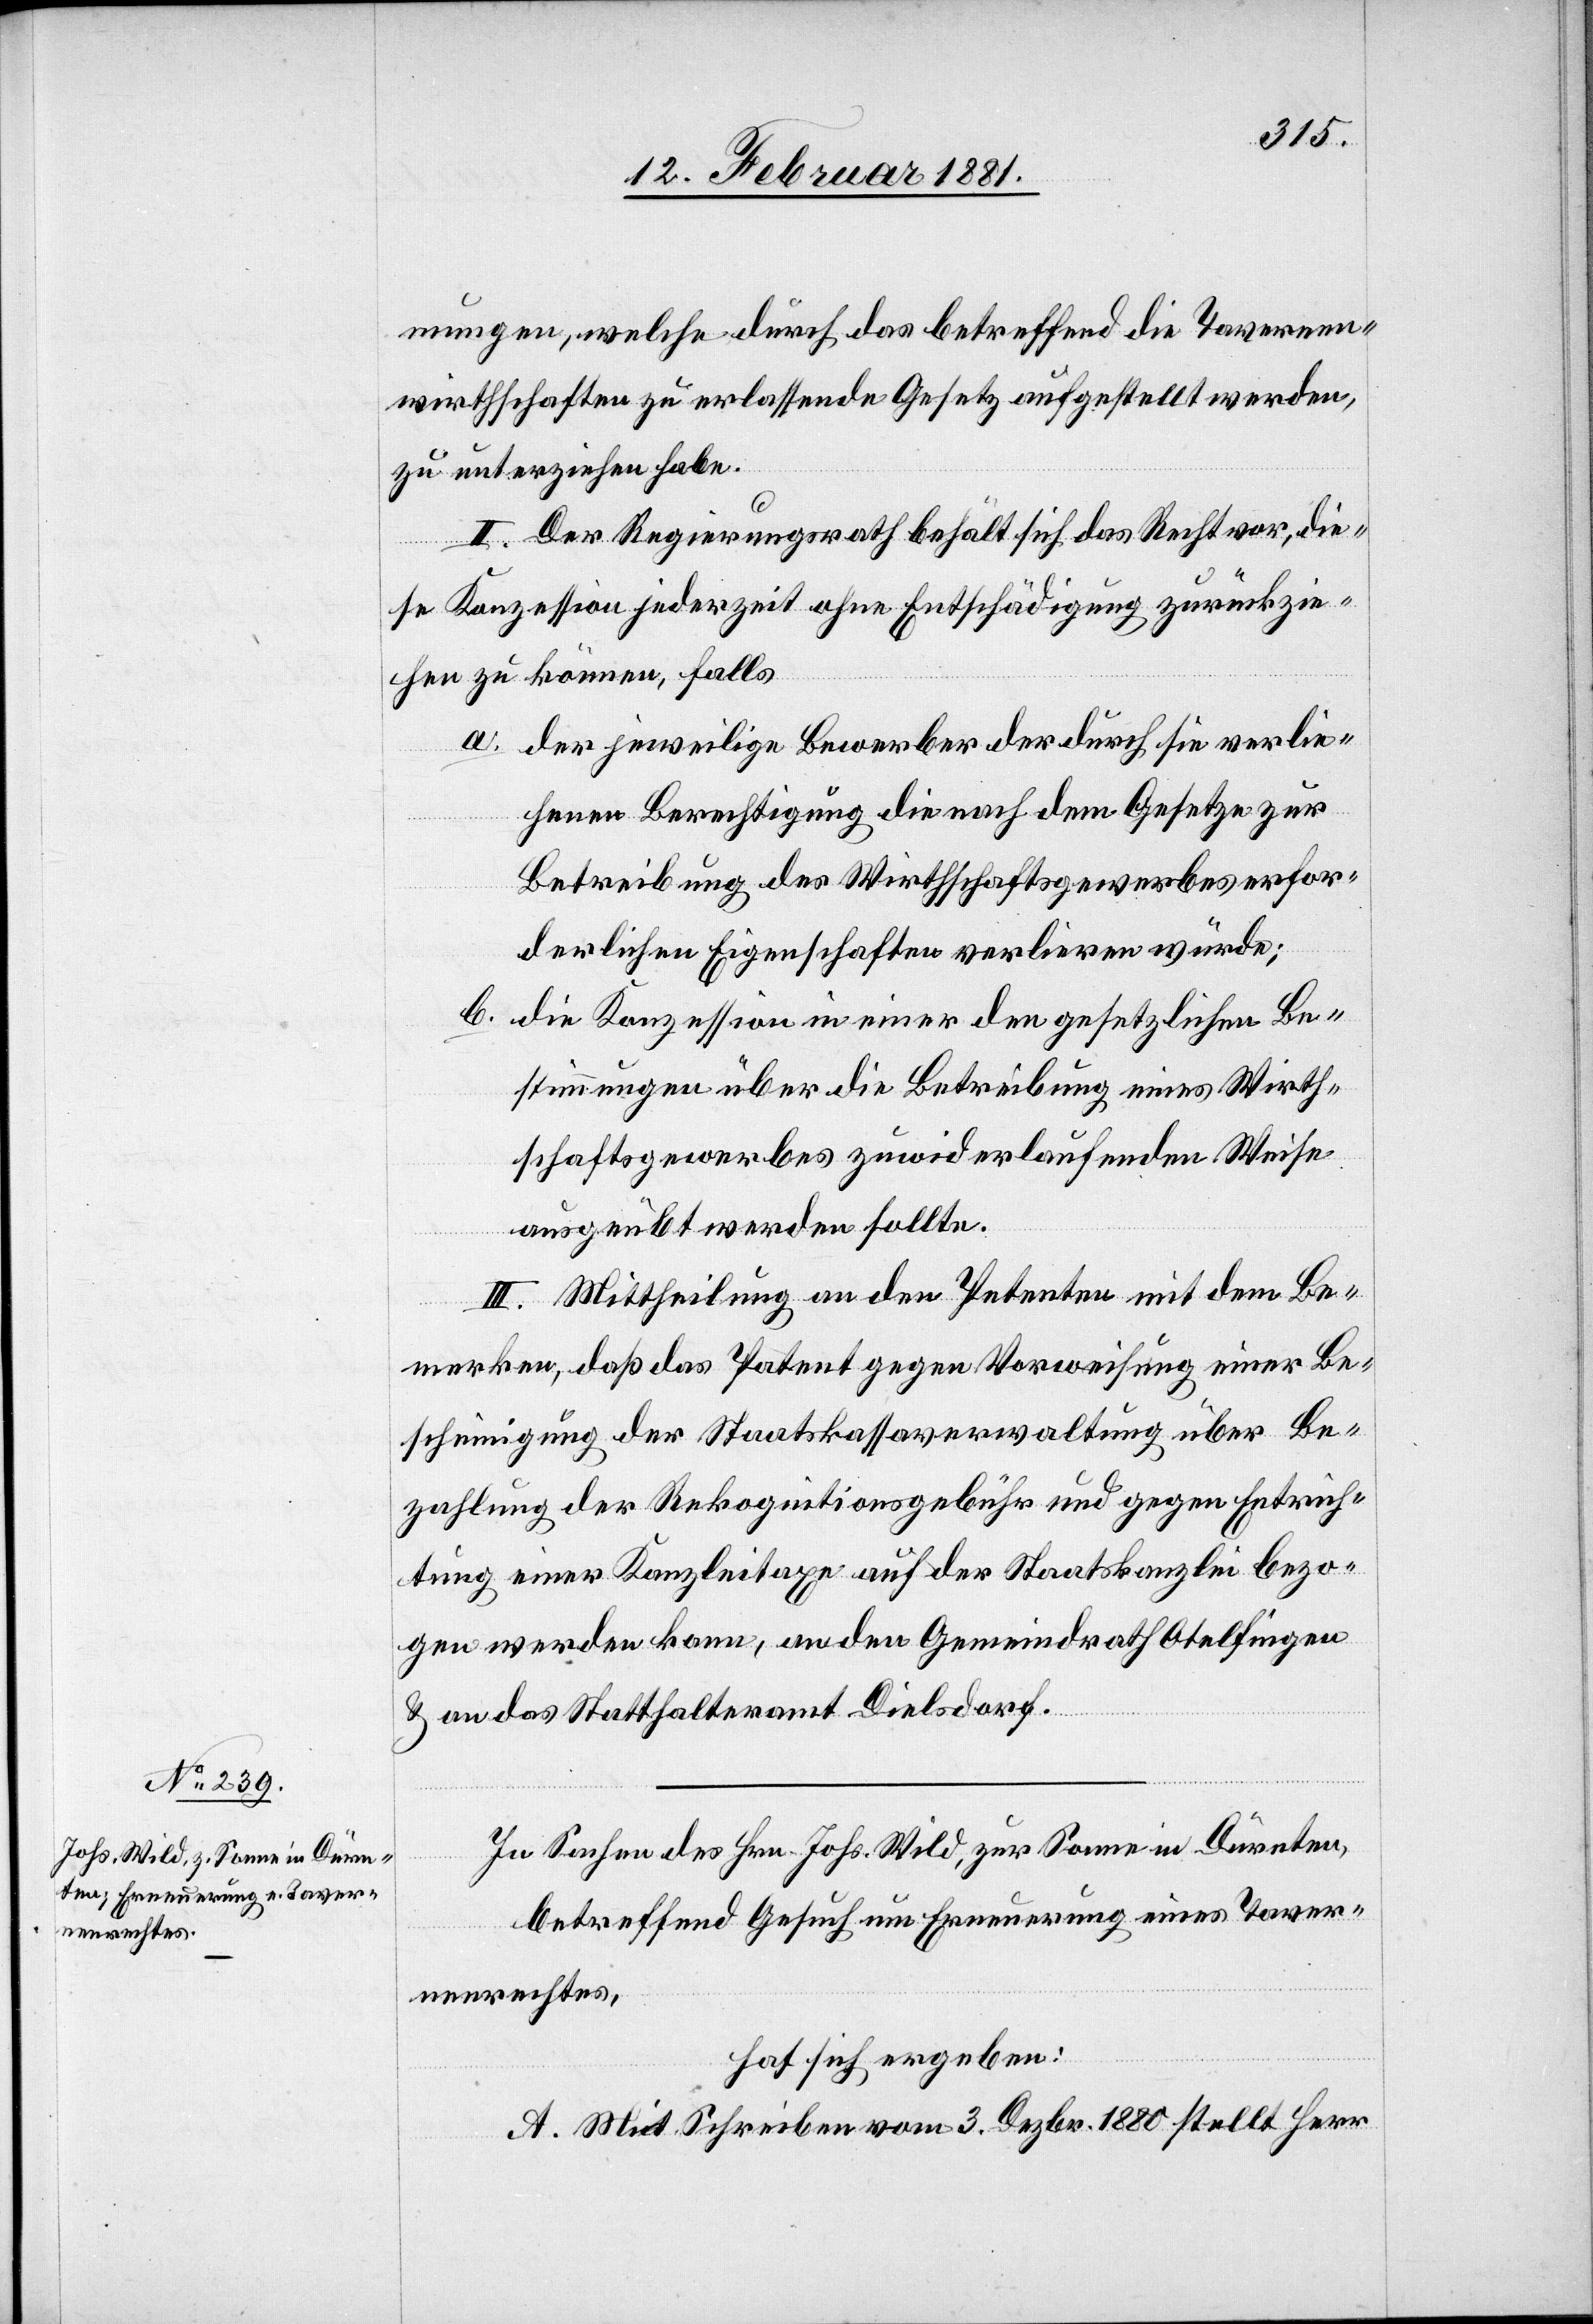
mungen, welche durch das betreffend die Tavernen¬
wirthschaften zu erlassende Gesetz aufgestellt werden,
zu unterziehen habe.
II. Der Regierungsrath behält sich das Recht vor, die¬
se Konzession jederzeit ohne Entschädigung zurückzuzie¬
hen zu können, falls
a. der jeweilige Bewerber der durch sie verlie¬
henen Berechtigung die nach dem Gesetze zur
Betreibung des Wirthschaftsgewerbes erfor¬
derlichen Eigenschaften verlieren würde;
b. die Konzession in einer den gesetzlichen Be¬
stimmungen über die Betreibung eines Wirth¬
schaftsgewerbes zuwiderlaufenden Weise
ausgeübt werden sollte.
III. Mittheilung an den Petenten mit dem Be¬
merken, daß das Patent gegen Vorweisung einer Be¬
scheinigung der Staatskassaverwaltung über Be¬
zahlung der Rekognitionsgebühr und gegen Entrich¬
tung einer Kanzleitaxe auf der Staatskanzlei bezo¬
gen werden kann, an den Gemeindrath Otelfingen
& an das Statthalteramt Dielsdorf.
In Sachen des Hrn. Wild, zur Sonne in Dürnten,
betreffend Gesuch um Erneuerung eines Taver¬
nenrechtes,
hat sich ergeben:
A. Mit Schreiben vom 3. Dezbr. 1880 stellt Herr